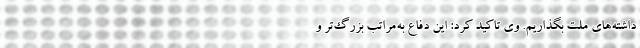
داشته‌های ملت بگذاریم. وی تاکید کرد: این دفاع به‌مراتب بزرگ‌تر و